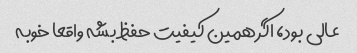
عالی بود، اگر همین کیفیت حفظ بشه واقعا خوبه